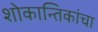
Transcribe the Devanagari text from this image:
शोकान्तिकांचा